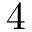
4